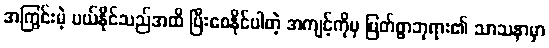
အကြွင်းမဲ့ ပယ်နိုင်သည်အထိ ပြီးစေနိုင်ပါတဲ့ အကျင့်ကိုမှ မြတ်စွာဘုရား၏ သာသနာမှာ